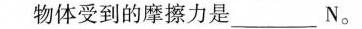
物体受到的摩擦力是___ N。